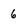
Character: 6